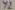
Text: y2